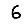
Digit: 6